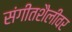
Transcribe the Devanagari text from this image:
संगीतशैलीवर